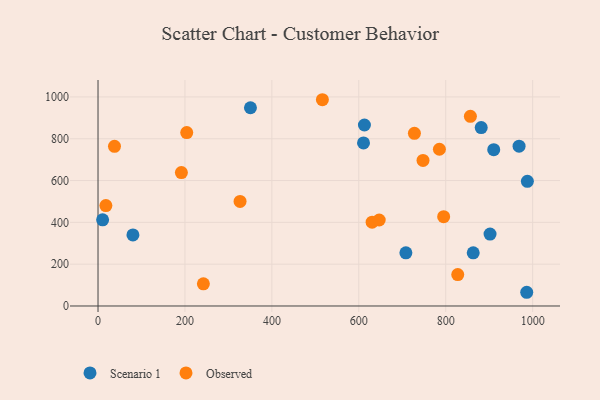
{"axis": {"x": "Speed", "y": "Sales"}, "legend": ["Observed", "Scenario 1"], "data": [{"x": "901.9", "y": 343.8, "type": "Scenario 1"}, {"x": "612.9", "y": 865.6, "type": "Scenario 1"}, {"x": "80.3", "y": 339.7, "type": "Scenario 1"}, {"x": "881.6", "y": 853.3, "type": "Scenario 1"}, {"x": "910.4", "y": 747.7, "type": "Scenario 1"}, {"x": "968.7", "y": 764.3, "type": "Scenario 1"}, {"x": "350.7", "y": 948.1, "type": "Scenario 1"}, {"x": "10.6", "y": 412.2, "type": "Scenario 1"}, {"x": "708.3", "y": 254.5, "type": "Scenario 1"}, {"x": "987.8", "y": 596.4, "type": "Scenario 1"}, {"x": "610.8", "y": 780.0, "type": "Scenario 1"}, {"x": "863.2", "y": 254.1, "type": "Scenario 1"}, {"x": "986.3", "y": 65.6, "type": "Scenario 1"}, {"x": "630.6", "y": 400.8, "type": "Observed"}, {"x": "856.7", "y": 907.1, "type": "Observed"}, {"x": "242.4", "y": 105.8, "type": "Observed"}, {"x": "326.8", "y": 500.2, "type": "Observed"}, {"x": "191.8", "y": 638.2, "type": "Observed"}, {"x": "785.4", "y": 749.7, "type": "Observed"}, {"x": "516.2", "y": 986.6, "type": "Observed"}, {"x": "827.6", "y": 150.2, "type": "Observed"}, {"x": "204.1", "y": 829.6, "type": "Observed"}, {"x": "18.1", "y": 480.1, "type": "Observed"}, {"x": "747.7", "y": 696.4, "type": "Observed"}, {"x": "646.9", "y": 411.4, "type": "Observed"}, {"x": "727.9", "y": 826.1, "type": "Observed"}, {"x": "795.2", "y": 427.1, "type": "Observed"}, {"x": "37.9", "y": 763.9, "type": "Observed"}]}